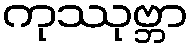
ကုဿုဗ္ဘာ